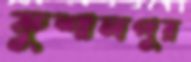
কুশালপুর